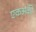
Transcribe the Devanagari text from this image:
एकअंकी